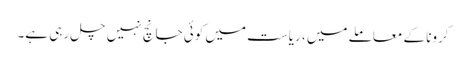
کرونا کے معاملے میں ، ریاست میں کوئی جانچ نہیں چل رہی ہے۔